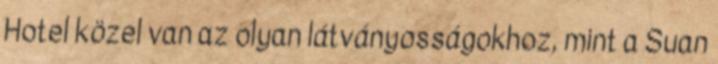
Hotel közel van az olyan látványosságokhoz, mint a Suan